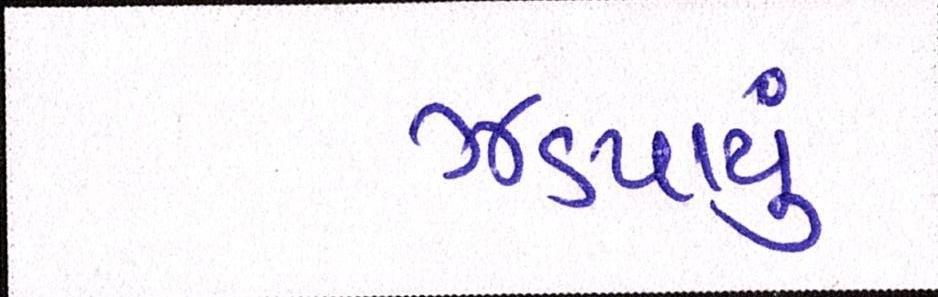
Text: ઝડપાયું